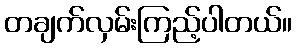
တချက်လှမ်းကြည့်ပါတယ်။